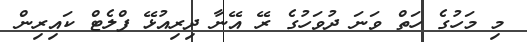
މި މަހުގެ ހަތް ވަނަ ދުވަހުގެ ރޭ އޭނާ ދިރިއުޅޭ ފްލެޓް ކައިރިން